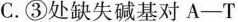
C.③处缺失碱基对A-T